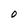
Character: 0